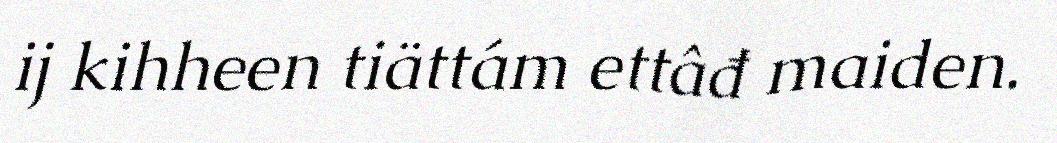
ij kihheen tiättám ettâđ maiden.